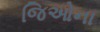
જિઓના